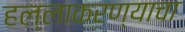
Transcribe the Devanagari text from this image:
हल्लाकरण्याचा